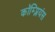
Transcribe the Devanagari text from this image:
कॉम्प्लियंस